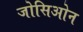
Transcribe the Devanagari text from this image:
जोसिओन